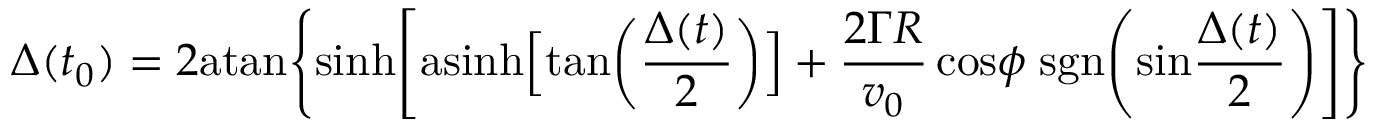
\Delta ( t _ { 0 } ) = 2 \mathrm { a t a n } \Bigg \{ \mathrm { s i n h } \Bigg [ \mathrm { a s i n h } \Big [ \mathrm { t a n } \bigg ( { \frac { \Delta ( t ) } { 2 } } \bigg ) \Big ] + { \frac { 2 \Gamma R } { v _ { 0 } } } \, \mathrm { c o s } \phi \; \mathrm { s g n } \Bigg ( \mathrm { s i n } { \frac { \Delta ( t ) } { 2 } } \Bigg ) \Bigg ] \Bigg \}